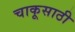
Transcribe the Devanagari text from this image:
चाकूसाठी